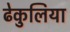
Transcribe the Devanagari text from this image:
ढेकुलिया